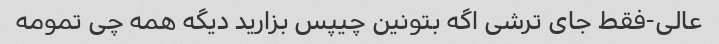
عالی-فقط جای ترشی اگه بتونین چیپس بزارید دیگه همه چی تمومه